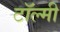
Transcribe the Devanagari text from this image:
टॉल्मी